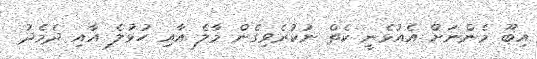
އިބޫ މެންނަށް އެއުޅެނީ ކެތް ނުކުރެވިގެން މާލެ އާއި ހުޅުލެ އާއި ދެމެދު